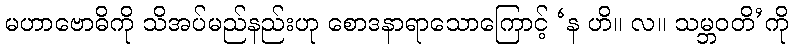
မဟာဗောဓိကို သိအပ်မည်နည်းဟု စောဒနာရာသောကြောင့် ‘န ဟိ။ လ။ သမ္ဘဝတိ’ကို